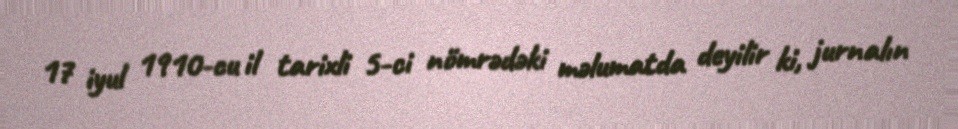
17 iyul 1910-cu il tarixli 5-ci nömrədəki məlumatda deyilir ki, jurnalın